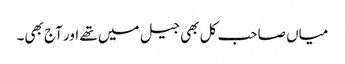
میاں صاحب کل بھی جیل میں تھے اور آج بھی۔